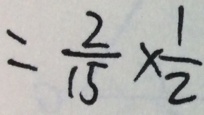
= \frac { 2 } { 1 5 } \times \frac { 1 } { 2 }